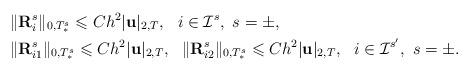
LaTeX: \begin{align*}&\| \mathbf{ R}^s_i \|_{0,T_{\ast}^s}\leqslant Ch^2 |\mathbf{ u}|_{2,T}, ~~ i\in\mathcal{I}^s, ~s=\pm, \\&\| \mathbf{ R}^s_{i1} \|_{0,T_{\ast}^s}\leqslant Ch^2 |\mathbf{ u}|_{2,T}, ~~ \| \mathbf{ R}^s_{i2} \|_{0,T_{\ast}^s}\leqslant Ch^2 |\mathbf{ u}|_{2,T}, ~~ i\in\mathcal{I}^{s'}, ~s=\pm.\end{align*}